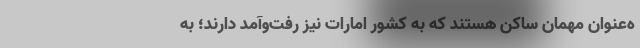
ه‌عنوان مهمان ساکن هستند که به کشور امارات نیز رفت‌وآمد دارند؛ به